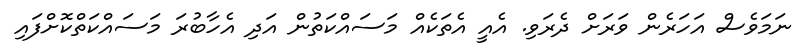
ނަމަވެސް އަހަރެން ވަރަށް ދެރަވި. އެއީ އެތަކެއް މަސައްކަތުން އަދި އެހާބުރަ މަސައްކަތްކޮށްފައި